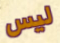
ليس